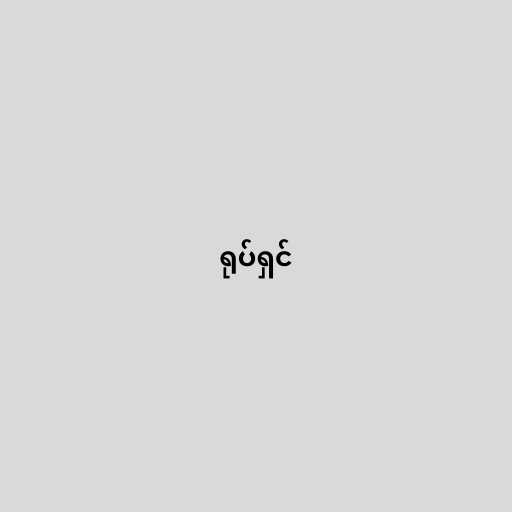
ရုပ်ရှင်